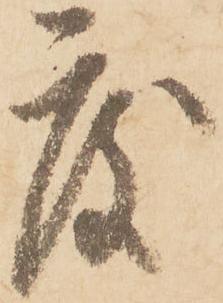
度